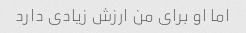
اما او برای من ارزش زیادی دارد